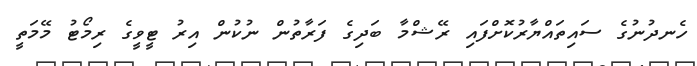
ހެނދުނުގެ ސައިތައްޔާރުކޮށްފައި ރޭޝްމާ ބަދިގެ ފަރާތުން ނުކުން އިރު ޓީވީގެ ރިމޯޓު މޭމަތީ